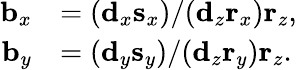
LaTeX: {\begin{array}{rl}{\mathbf{b}_{x}}&{=(\mathbf{d}_{x}\mathbf{s}_{x})/(\mathbf{d}_{z}\mathbf{r}_{x})\mathbf{r}_{z},}\\ {\mathbf{b}_{y}}&{=(\mathbf{d}_{y}\mathbf{s}_{y})/(\mathbf{d}_{z}\mathbf{r}_{y})\mathbf{r}_{z}.}\end{array}}